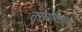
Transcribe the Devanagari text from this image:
तृरावेष्टितमां